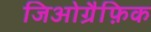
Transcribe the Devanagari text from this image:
जिओग्रैफ़िक